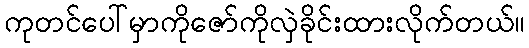
ကုတင်ပေါ်မှာကိုဇော်ကိုလှဲခိုင်းထားလိုက်တယ်။